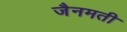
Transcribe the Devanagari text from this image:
जैनमती